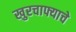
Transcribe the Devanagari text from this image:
खुरचाफ्याचे